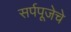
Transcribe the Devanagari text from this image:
सर्पपूजेचे